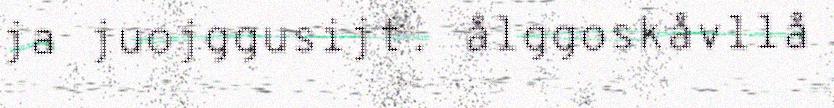
ja juojggusijt. ålggoskåvllå